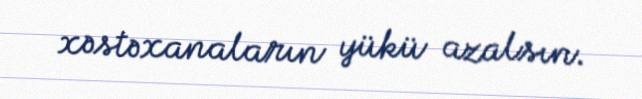
xəstəxanaların yükü azalsın.